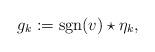
LaTeX: \begin{align*}g_k := {\rm sgn}(v) \star \eta_k,\end{align*}